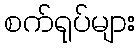
စက်ရုပ်များ